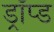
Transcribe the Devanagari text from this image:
ड्रॉप्ड